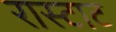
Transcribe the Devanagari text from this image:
रास्टाट